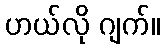
ဟယ်လို ဂျက်။